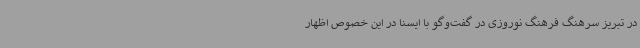
در تبریز سرهنگ فرهنگ نوروزی در گفت‌وگو با ایسنا در این خصوص اظهار